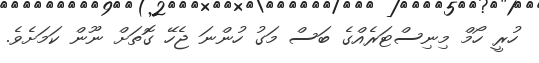
ހުރީ ހޯމް މިނިސްޓަރެއްގެ ބަސް މަގު ހުންނަ ޖެހޭ ގޮތަށް ނޫން ކަމަށެވެ.